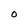
Character: O